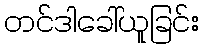
တင်ဒါခေါ်ယူခြင်း